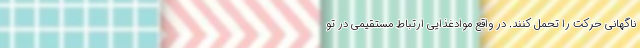
ناگهانی حرکت را تحمل کنند. در واقع موادغذایی ارتباط مستقیمی در تو